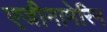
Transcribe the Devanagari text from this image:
एजीनामेरिन